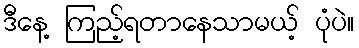
ဒီနေ့ ကြည့်ရတာနေသာမယ့် ပုံပဲ။